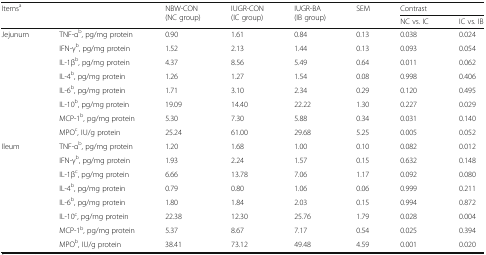
<table><thead><tr><td rowspan="2" colspan="2"><b>Items<sup>a</sup></b></td><td rowspan="2"><b>NBW-CON (NC group)</b></td><td rowspan="2"><b>IUGR-CON (IC group)</b></td><td rowspan="2"><b>IUGR-BA (IB group)</b></td><td rowspan="2"><b>SEM</b></td><td colspan="2"><b>Contrast</b></td></tr><tr><td><b>NC vs. IC</b></td><td><b>IC vs. IB</b></td></tr></thead><tbody><tr><td rowspan="8">Jejunum</td><td>TNF-α<sup>b</sup>, pg/mg protein</td><td>0.90</td><td>1.61</td><td>0.84</td><td>0.13</td><td>0.038</td><td>0.024</td></tr><tr><td>IFN-γ<sup>b</sup>, pg/mg protein</td><td>1.52</td><td>2.13</td><td>1.44</td><td>0.13</td><td>0.093</td><td>0.054</td></tr><tr><td>IL-1β<sup>b</sup>, pg/mg protein</td><td>4.37</td><td>8.56</td><td>5.49</td><td>0.64</td><td>0.011</td><td>0.062</td></tr><tr><td>IL-4<sup>b</sup>, pg/mg protein</td><td>1.26</td><td>1.27</td><td>1.54</td><td>0.08</td><td>0.998</td><td>0.406</td></tr><tr><td>IL-6<sup>b</sup>, pg/mg protein</td><td>1.71</td><td>3.10</td><td>2.34</td><td>0.29</td><td>0.120</td><td>0.495</td></tr><tr><td>IL-10<sup>b</sup>, pg/mg protein</td><td>19.09</td><td>14.40</td><td>22.22</td><td>1.30</td><td>0.227</td><td>0.029</td></tr><tr><td>MCP-1<sup>b</sup>, pg/mg protein</td><td>5.30</td><td>7.30</td><td>5.88</td><td>0.34</td><td>0.031</td><td>0.140</td></tr><tr><td>MPO<sup>c</sup>, IU/g protein</td><td>25.24</td><td>61.00</td><td>29.68</td><td>5.25</td><td>0.005</td><td>0.052</td></tr><tr><td rowspan="8">Ileum</td><td>TNF-α<sup>b</sup>, pg/mg protein</td><td>1.20</td><td>1.68</td><td>1.00</td><td>0.10</td><td>0.082</td><td>0.012</td></tr><tr><td>IFN-γ<sup>b</sup>, pg/mg protein</td><td>1.93</td><td>2.24</td><td>1.57</td><td>0.15</td><td>0.632</td><td>0.148</td></tr><tr><td>IL-1β<sup>c</sup>, pg/mg protein</td><td>6.66</td><td>13.78</td><td>7.06</td><td>1.17</td><td>0.092</td><td>0.080</td></tr><tr><td>IL-4<sup>b</sup>, pg/mg protein</td><td>0.79</td><td>0.80</td><td>1.06</td><td>0.06</td><td>0.999</td><td>0.211</td></tr><tr><td>IL-6<sup>b</sup>, pg/mg protein</td><td>1.80</td><td>1.84</td><td>2.03</td><td>0.15</td><td>0.994</td><td>0.872</td></tr><tr><td>IL-10<sup>c</sup>, pg/mg protein</td><td>22.38</td><td>12.30</td><td>25.76</td><td>1.79</td><td>0.028</td><td>0.004</td></tr><tr><td>MCP-1<sup>b</sup>, pg/mg protein</td><td>5.37</td><td>8.67</td><td>7.17</td><td>0.54</td><td>0.025</td><td>0.394</td></tr><tr><td>MPO<sup>b</sup>, IU/g protein</td><td>38.41</td><td>73.12</td><td>49.48</td><td>4.59</td><td>0.001</td><td>0.020</td></tr></tbody></table>